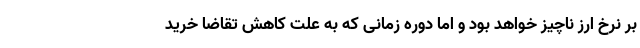
بر نرخ ارز ناچیز خواهد بود و اما دوره زمانی که به علت کاهش تقاضا خرید